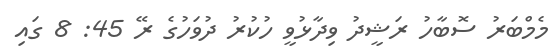
މެމްބަރު ސޮބާހު ރަޝީދު ވިދާޅުވީ ހުކުރު ދުވަހުގެ ރޭ 45: 8 ގައި